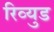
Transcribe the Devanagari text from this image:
रिव्युड